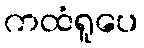
ကထံရူပေ